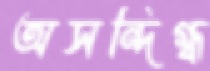
অসন্দিগ্ধ